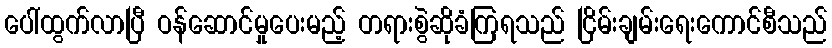
ပေါ်ထွက်လာပြီ ဝန်ဆောင်မှုပေးမည့် တရားစွဲဆိုခံကြရသည် ငြိမ်းချမ်းရေးကောင်စီသည်